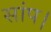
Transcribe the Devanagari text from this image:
सांप।